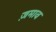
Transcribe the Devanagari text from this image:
ज़माव